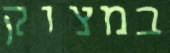
במצוק